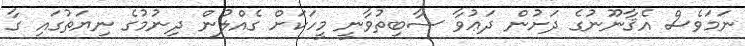
ނަމަވެސް އެޤާނޫނުގެ ދަށުން ދަޢުވާ ސާބިތުވާނީ މީހަކަށް ގެއްލުން ދިނުމުގެ ނިޔަތުގައި ގާ